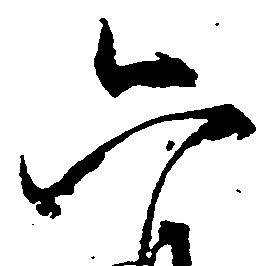
六